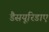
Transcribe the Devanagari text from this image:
डैसयूरिडाए